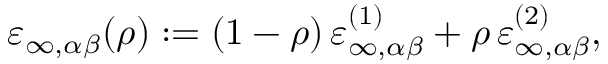
\varepsilon _ { \infty , \alpha \beta } ( \rho ) : = ( 1 - \rho ) \, \varepsilon _ { \infty , \alpha \beta } ^ { ( 1 ) } + \rho \, \varepsilon _ { \infty , \alpha \beta } ^ { ( 2 ) } ,